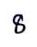
8